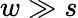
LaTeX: w\gg s